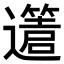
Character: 𨘥